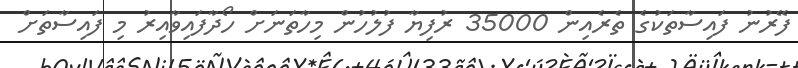
ފޭރުނު ފައިސާތަކުގެ ތެރެއިން 35000 ރުފިޔާ ފުލުހުން މިހާތަނަށް ހޯދާފައިވާއިރު މި ފައިސާތަށް